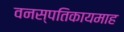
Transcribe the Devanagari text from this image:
वनस्पतिकायमाह